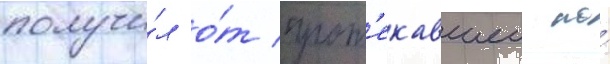
получи́л о́т прот'екавшеи по́